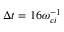
\Delta t = 1 6 \omega _ { c i } ^ { - 1 }